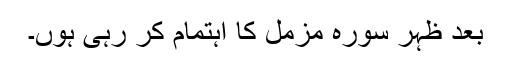
بعد ظہر سورہ مزمل کا اہتمام کر رہی ہوں۔